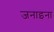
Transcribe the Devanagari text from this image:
जनाइना